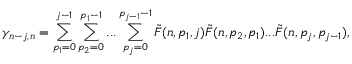
\gamma _ { n - j , n } = \sum _ { p _ { 1 } = 0 } ^ { j - 1 } \sum _ { p _ { 2 } = 0 } ^ { p _ { 1 } - 1 } . . . \sum _ { p _ { j } = 0 } ^ { p _ { j - 1 } - 1 } \tilde { F } ( n , p _ { 1 } , j ) \tilde { F } ( n , p _ { 2 } , p _ { 1 } ) . . . \tilde { F } ( n , p _ { j } , p _ { j - 1 } ) ,